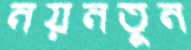
নয়নতুন